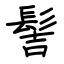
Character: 髻